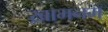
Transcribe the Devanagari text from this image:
ख़ामनम